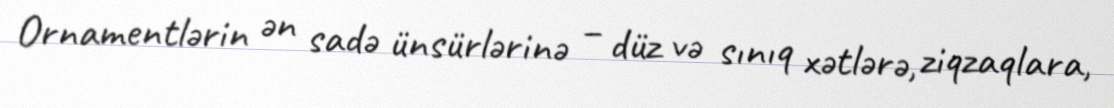
Ornamentlərin ən sadə ünsürlərinə – düz və sınıq xətlərə, ziqzaqlara,